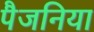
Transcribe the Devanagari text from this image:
पैजनिया